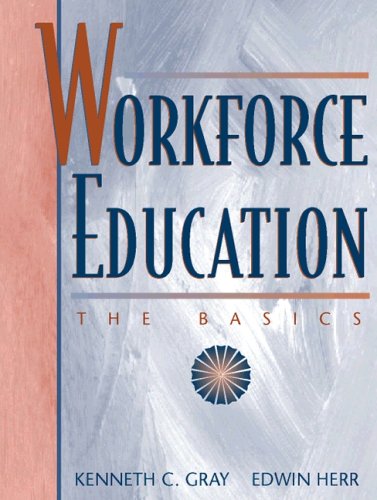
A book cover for Workforce Education: The Basics; Kenneth C. Gray; Education & Teaching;